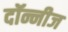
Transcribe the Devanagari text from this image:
दॉन्नीज